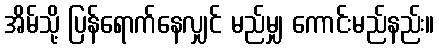
အိမ်သို့ ပြန်ရောက်နေလျှင် မည်မျှ ကောင်းမည်နည်း။